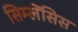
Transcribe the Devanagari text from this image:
सिम्लेंसिस